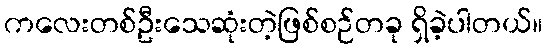
ကလေးတစ်ဦးသေဆုံးတဲ့ဖြစ်စဉ်တခု ရှိခဲ့ပါတယ်။